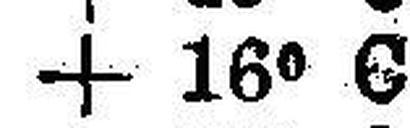
+ 16° C